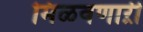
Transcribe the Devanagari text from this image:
मिळवणाऱी